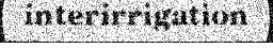
interirrigation